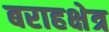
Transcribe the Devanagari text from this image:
बराहक्षेत्र